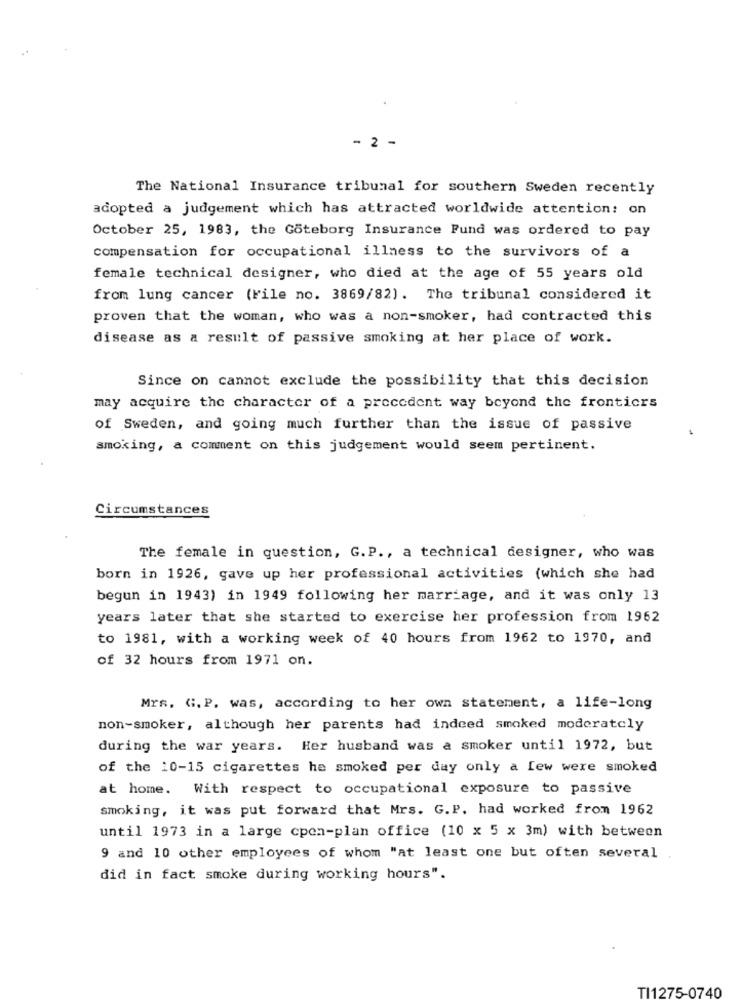
- 2 -
The National Insurance tribunal for southern Sweden recently
adopted a judgement which has attracted worldwide attention: on
October 25, 1983, the Göteborg Insurance Fund was ordered to pay
compensation for occupational illness to the survivors of a
female technical designer, who died at the age of 55 years old
from lung cancer (File no. 3869/82). The tribunal considered it
proven that the woman, who was a non-smoker, had contracted this
disease as a result of passive smoking at her place of work.
Since on cannot exclude the possibility that this decision
may acquire the character of a precedent way beyond the frontiers
of Sweden, and going much further than the issue of passive
smoking, a comment on this judgement would seem pertinent.
Circumstances
The female in question, G. P ., a technical designer, who was
born in 1926, gave up her professional activities (which she had
begun in 1943) in 1949 following her marriage, and it was only 13
years later that she started to exercise her profession from 1962
to 1981, with a working week of 40 hours from 1962 to 1970, and
of 32 hours from 1971 on.
Mrs. G. P. was, according to her own statement, a life-long
non-smoker, although her parents had indeed smoked moderately
during the war years. Her husband was a smoker until 1972, but
of the 10-15 cigarettes he smoked per day only a few were smoked
at home. With respect to occupational exposure to passive
smoking, it was put forward that Mrs. G.P. had worked from 1962
until 1973 in a large cpen-plan office (10 x 5 x 3m) with between
9 and 10 other employees of whom "at least one but often several
did in fact smoke during working hours".
TI1275-0740